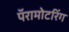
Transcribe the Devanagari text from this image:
पॅरामोटरिंग